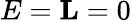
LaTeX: E={\mathbf L}=0